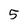
Character: 5